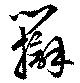
弁